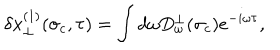
\delta x _ { \perp } ^ { ( 1 ) } ( \sigma _ { c } , \tau ) = \int d \omega D _ { \omega } ^ { \perp } ( \sigma _ { c } ) e ^ { - i \omega \tau } ,